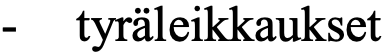
-  tyräleikkaukset